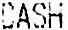
CASH